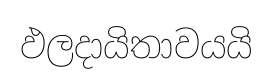
ඵලදායිතාවයයි